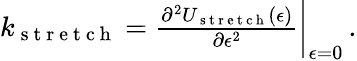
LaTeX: \begin{array}{r}{k_{\mathrm{~s~t~r~e~t~c~h~}}=\frac{\partial^{2}U_{\mathrm{~s~t~r~e~t~c~h~}}(\epsilon)}{\partial\epsilon^{2}}\bigg\rvert_{\epsilon=0}\, .}\end{array}